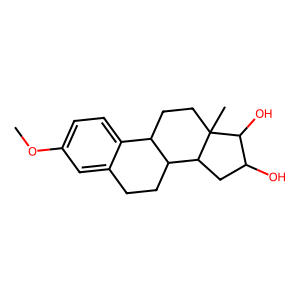
SMILES: COc1ccc2c(c1)CCC1C2CCC2(C)C(O)C(O)CC12
Inhibits HIV replication: No